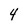
Character: 4